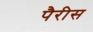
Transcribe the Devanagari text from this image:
पैरीस